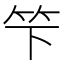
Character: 𥫫